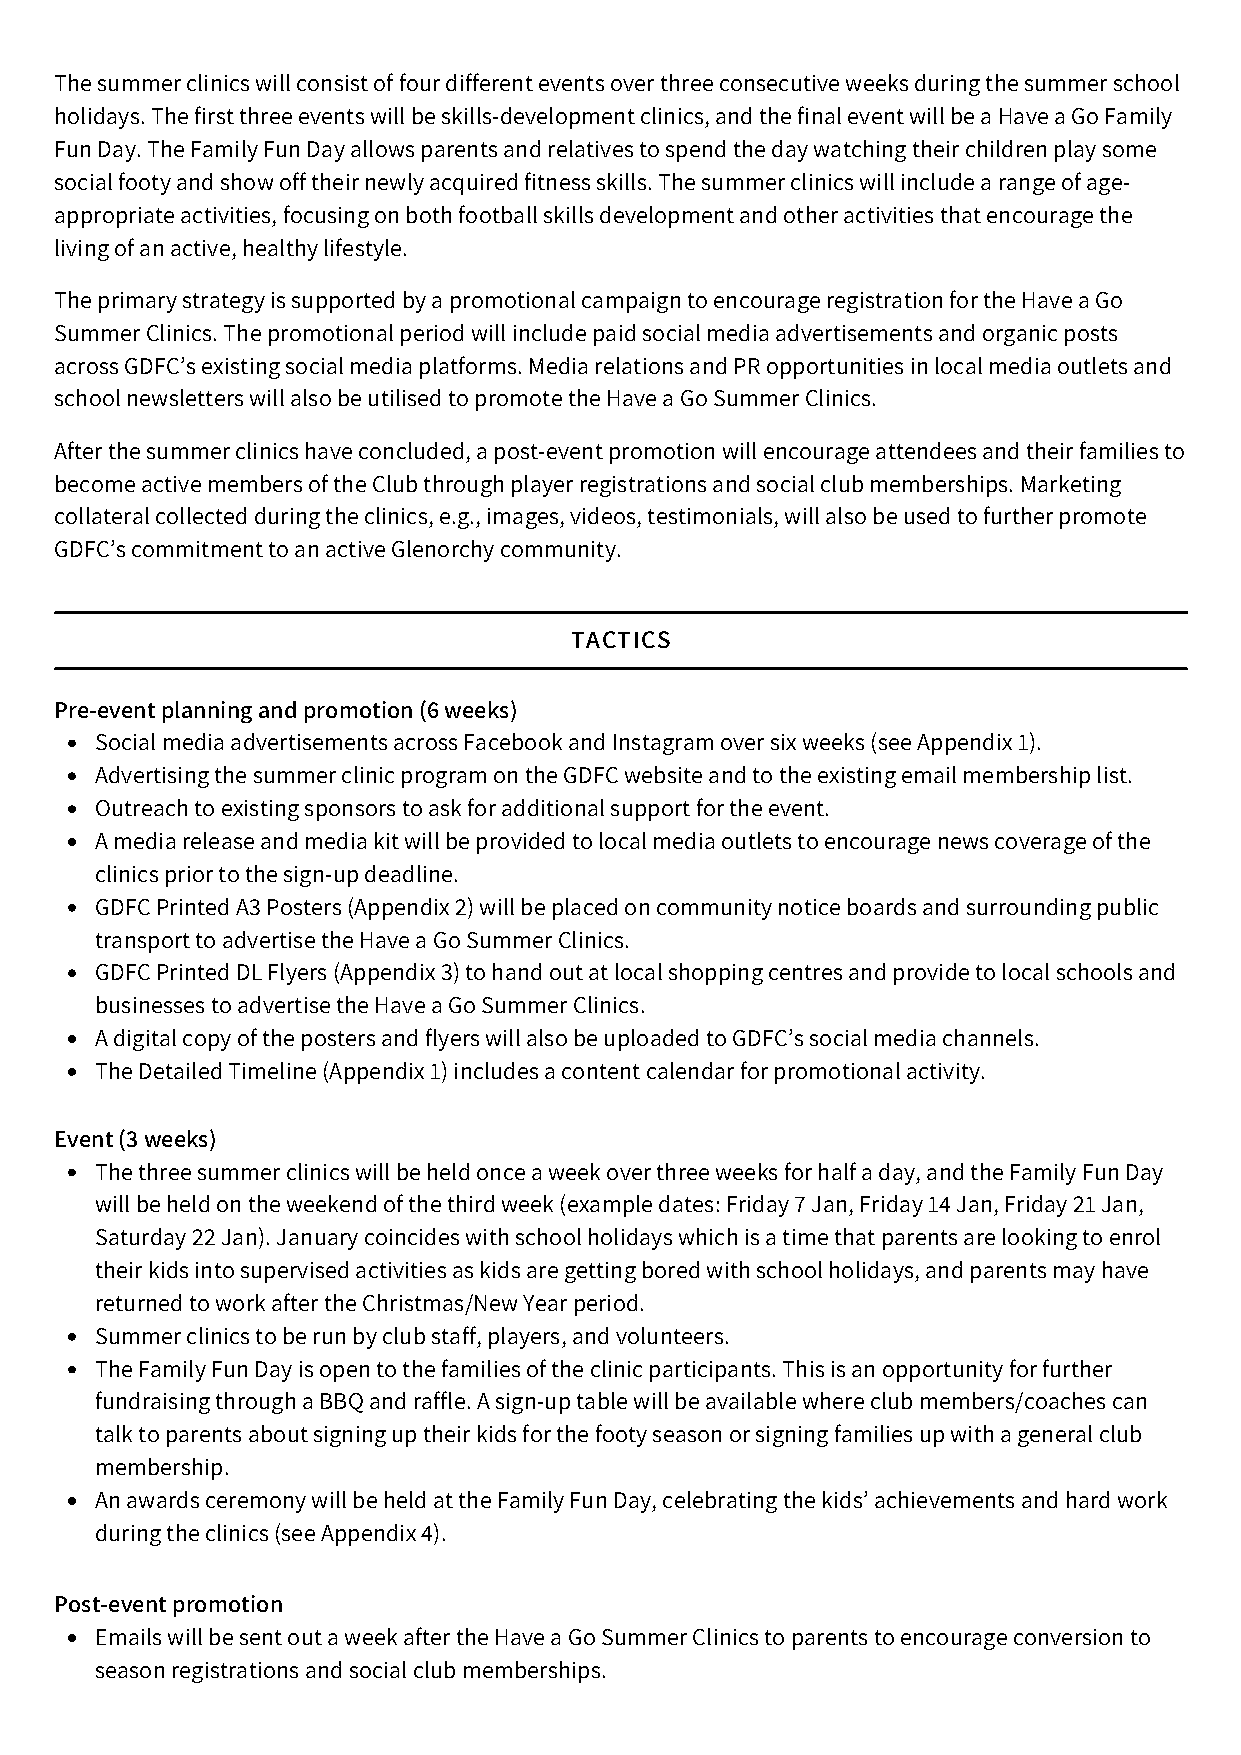
The summer clinics will consist of four different events over three consecutive weeks during the summer school
 holidays. The first three events will be skills-development clinics, and the final event will be a Have a Go Family
 Fun Day. The Family Fun Day allows parents and relatives to spend the day watching their children play some
 social footy and show off their newly acquired fitness skills. The summer clinics will include a range of age-
 appropriate activities, focusing on both football skills development and other activities that encourage the
 living of an active, healthy lifestyle.
 The primary strategy is supported by a promotional campaign to encourage registration for the Have a Go
 Summer Clinics. The promotional period will include paid social media advertisements and organic posts
 across GDFC’s existing social media platforms. Media relations and PR opportunities in local media outlets and
 school newsletters will also be utilised to promote the Have a Go Summer Clinics.
 After the summer clinics have concluded, a post-event promotion will encourage attendees and their families to
 become active members of the Club through player registrations and social club memberships. Marketing
 collateral collected during the clinics, e.g., images, videos, testimonials, will also be used to further promote
 GDFC’s commitment to an active Glenorchy community.
 TACTICS
 Pre-event planning and promotion (6 weeks)
 Social media advertisements across Facebook and Instagram over six weeks (see Appendix 1).
 Advertising the summer clinic program on the GDFC website and to the existing email membership list.
 Outreach to existing sponsors to ask for additional support for the event.
 A media release and media kit will be provided to local media outlets to encourage news coverage of the
 clinics prior to the sign-up deadline.
 GDFC Printed A3 Posters (Appendix 2) will be placed on community notice boards and surrounding public
 transport to advertise the Have a Go Summer Clinics.
 GDFC Printed DL Flyers (Appendix 3) to hand out at local shopping centres and provide to local schools and
 businesses to advertise the Have a Go Summer Clinics.
 A digital copy of the posters and flyers will also be uploaded to GDFC’s social media channels.
 The Detailed Timeline (Appendix 1) includes a content calendar for promotional activity.
 Event (3 weeks)
 The three summer clinics will be held once a week over three weeks for half a day, and the Family Fun Day
 will be held on the weekend of the third week (example dates: Friday 7 Jan, Friday 14 Jan, Friday 21 Jan,
 Saturday 22 Jan). January coincides with school holidays which is a time that parents are looking to enrol
 their kids into supervised activities as kids are getting bored with school holidays, and parents may have
 returned to work after the Christmas/New Year period.
 Summer clinics to be run by club staff, players, and volunteers.
 The Family Fun Day is open to the families of the clinic participants. This is an opportunity for further
 fundraising through a BBQ and raffle. A sign-up table will be available where club members/coaches can
 talk to parents about signing up their kids for the footy season or signing families up with a general club
 membership.
 An awards ceremony will be held at the Family Fun Day, celebrating the kids’ achievements and hard work
 during the clinics (see Appendix 4).
 Post-event promotion
 Emails will be sent out a week after the Have a Go Summer Clinics to parents to encourage conversion to
 season registrations and social club memberships.